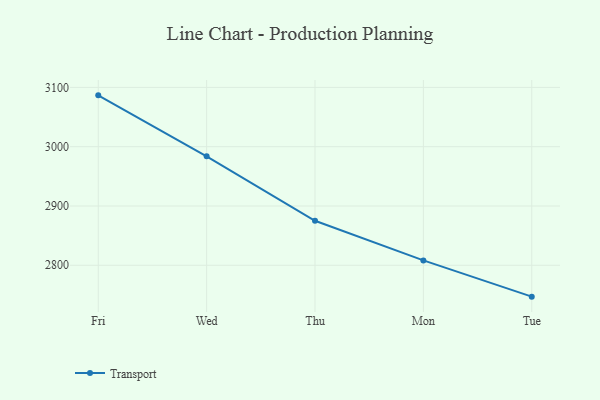
{"axis": {"x": "Day", "y": "Bounce Rate (%)"}, "legend": ["Transport"], "data": [{"x": "Fri", "y": 3086.6, "type": "Transport"}, {"x": "Wed", "y": 2983.8, "type": "Transport"}, {"x": "Thu", "y": 2875.0, "type": "Transport"}, {"x": "Mon", "y": 2808.2, "type": "Transport"}, {"x": "Tue", "y": 2747.1, "type": "Transport"}]}